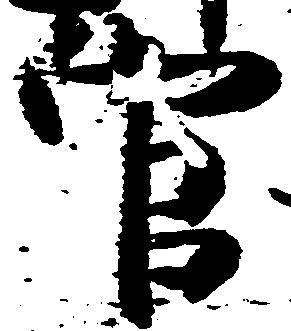
官